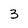
Character: 3